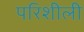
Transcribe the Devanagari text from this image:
परिशीली